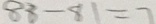
8 8 - 8 1 = 7